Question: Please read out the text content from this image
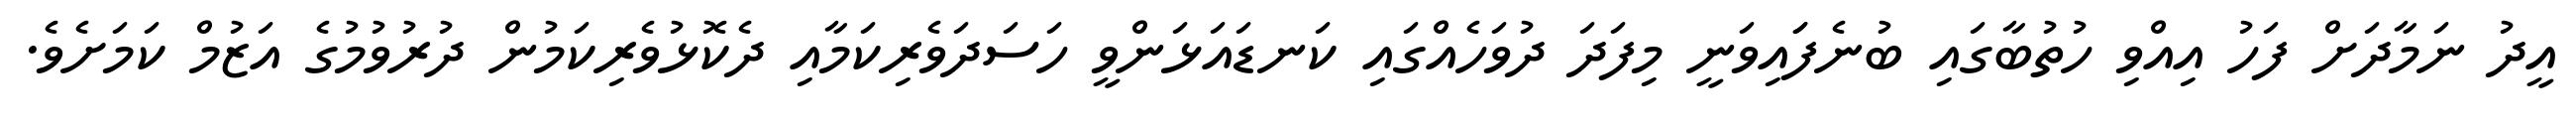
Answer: އީދު ނަމާދަށް ފަހު އިއްވި ހުތުބާގައި ބުނެފަައިވަނީ މިފަދަ ދުވަހެއްގައި ކަނޑައަޅަންވީ ހަސަދަވެރިކަމާއި ދެކޮޅުވެރިކަމުން ދުރުވުމުގެ އަޒުމް ކަމަށެވެ.